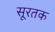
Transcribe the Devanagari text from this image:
सूरतक